Eesti_Ajutise_Maavalitsuse_haridusosakond, lk 60
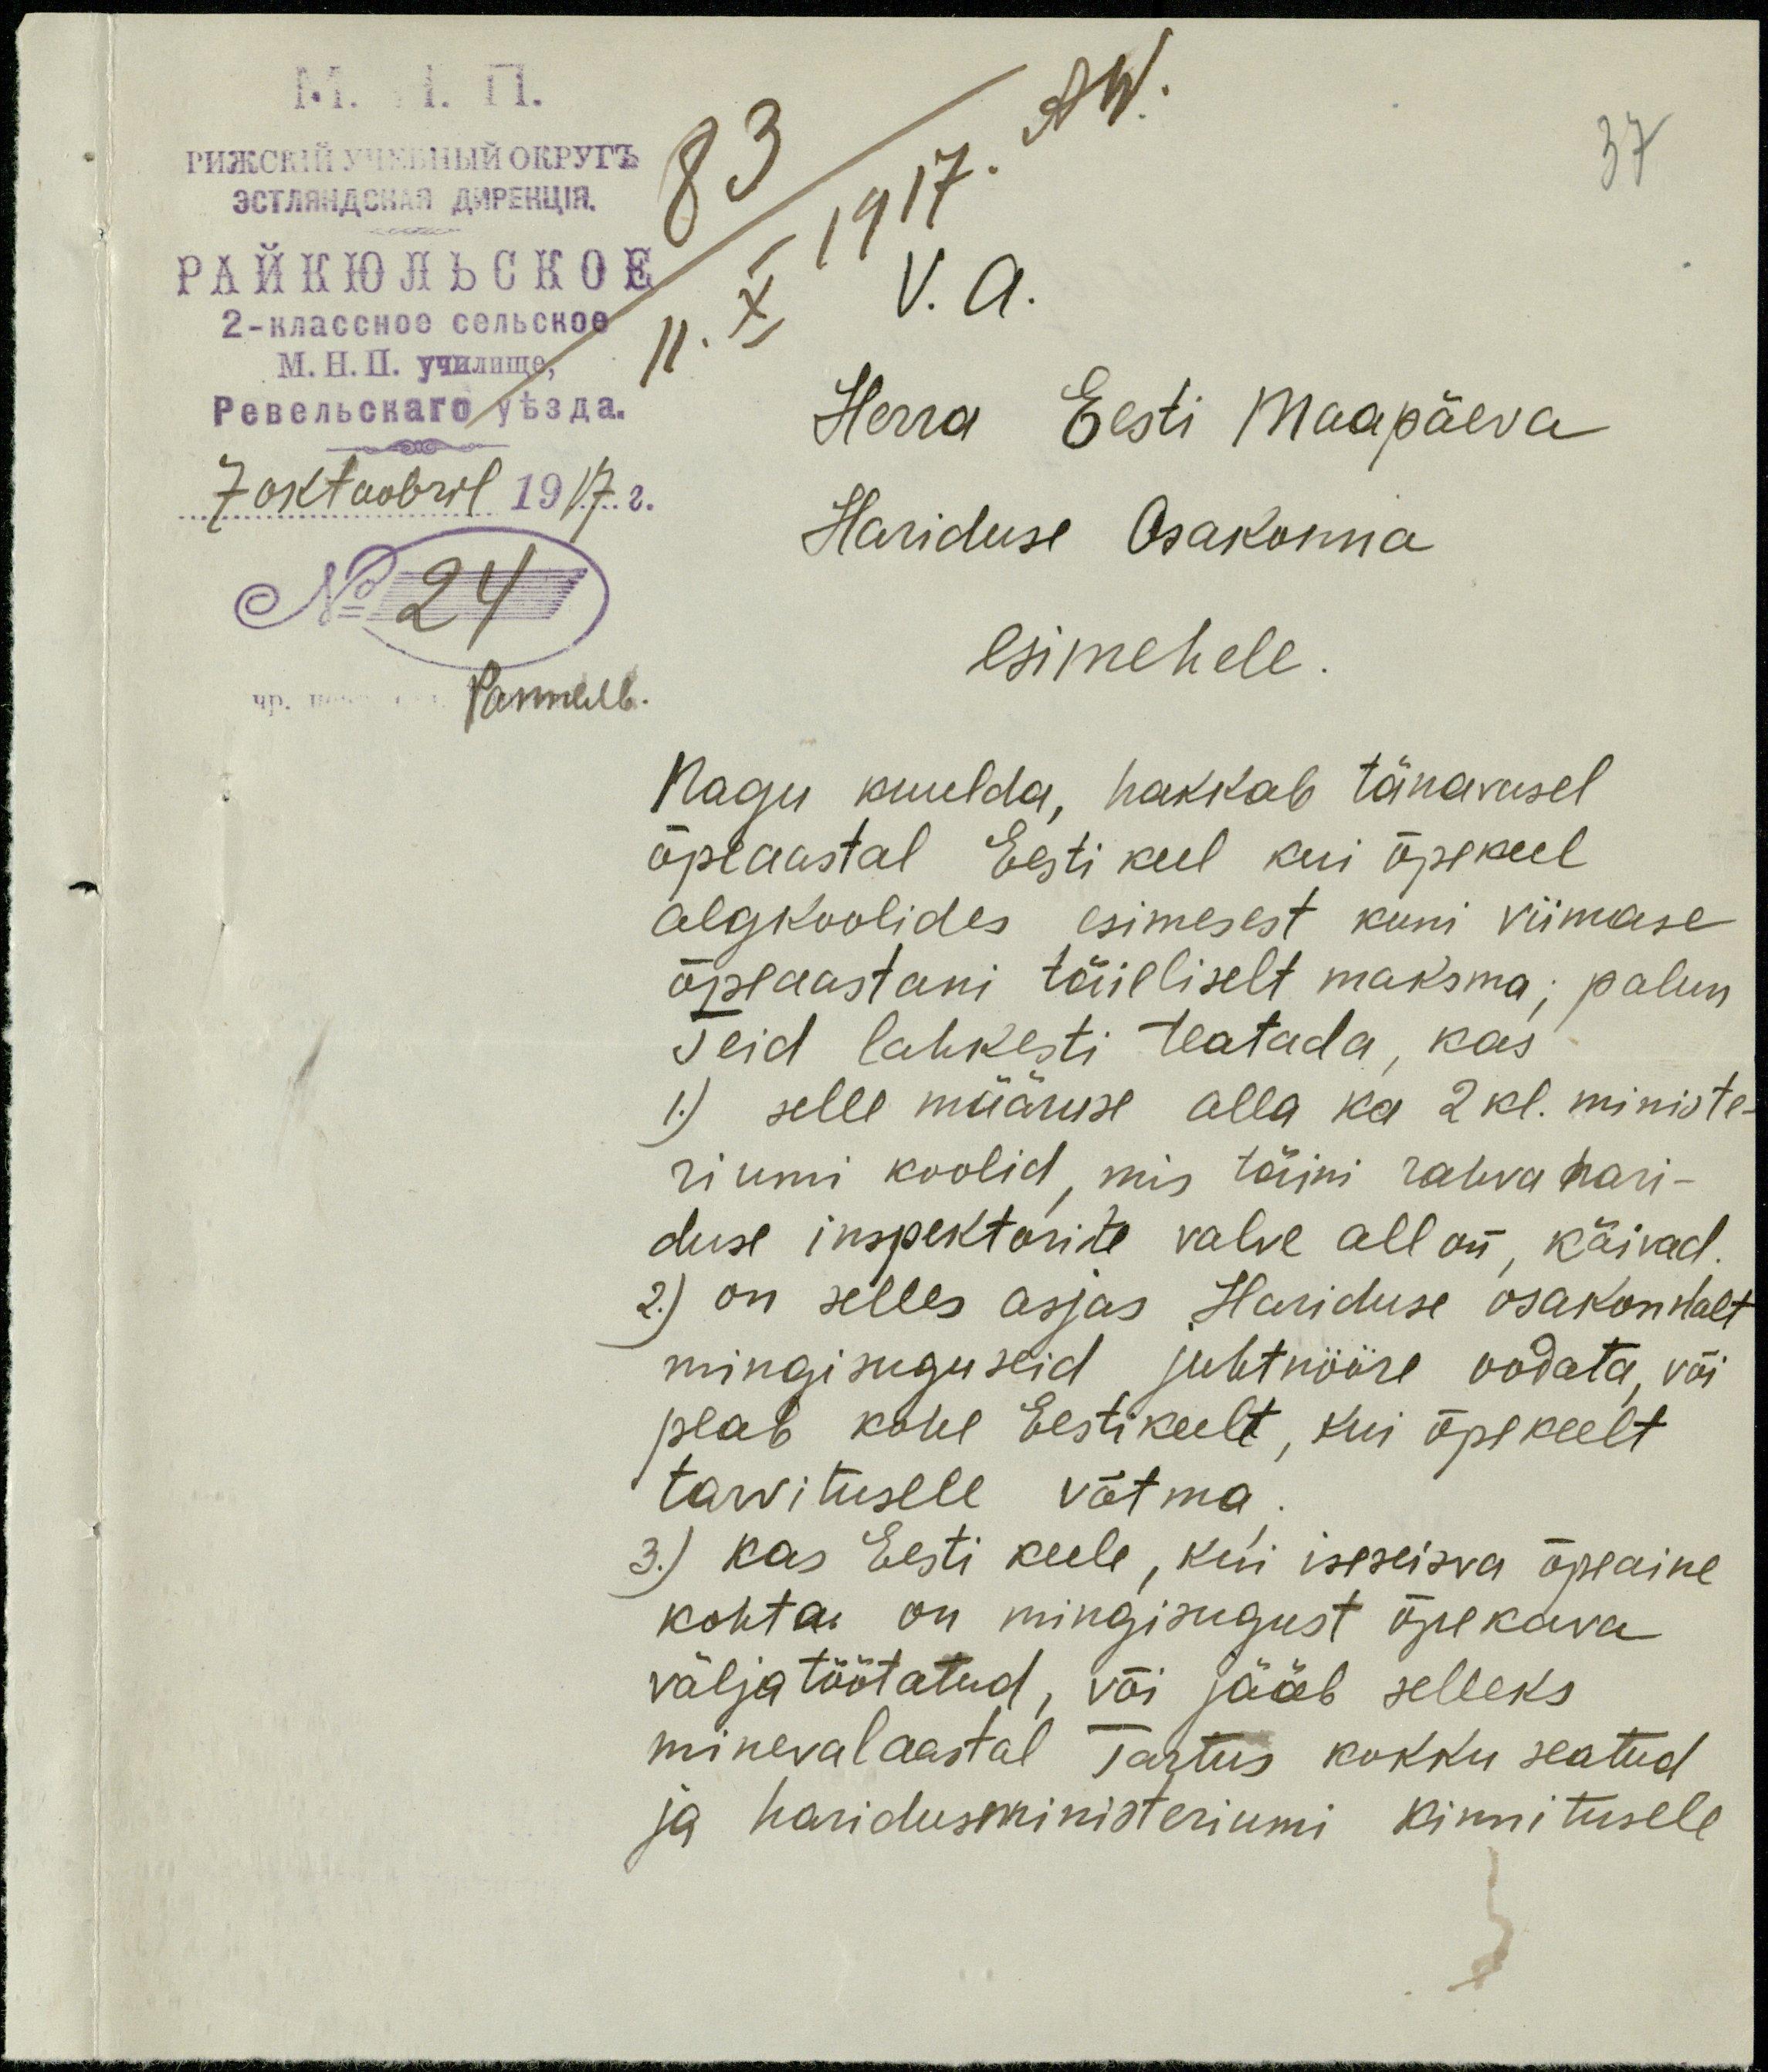
37
V. A.
Herra Eesti Maapäeva
7 oktoobril 1917.a.
Hariduse Osakonna
No 24
esimehele
Nagu kuulda, hakkab tänavusel
õpeaastal Eesti keel kui õpekeel
algkoolides esimesest kuni viimase
õpeaastani täieliselt maksma; palun
Teid lahkesti teatada, kas
1) selle määruse alla ka 2 kl. ministe-
riumi koolid, mis tänini rahva hari-
duse inspektorite valve all on, käivad,
2) on selles asjas Hariduse osakonnalt
mingisuguseid juhtnööre oodata, või
peab kohe Eestikeelt, kui õpekeelt
tarvitusele võtma
3.) Kas Eesti keele, kui iseseisva õpeaine
kohta on mingisugust õpekava
väljatöötatud, või jääb selleks
minevalaastal Tartus kokku seatud.
ja haridusministeriumi kinnitusele